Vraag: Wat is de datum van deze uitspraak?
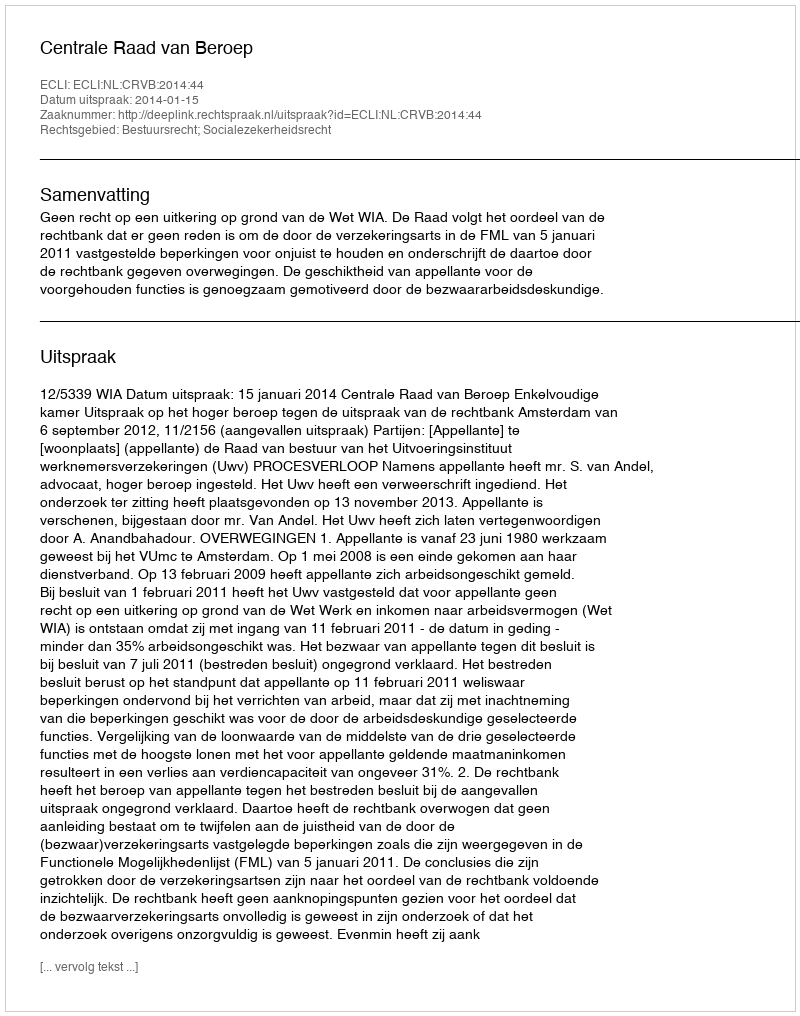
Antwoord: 2014-01-15